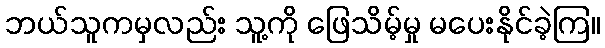
ဘယ်သူကမှလည်း သူ့ကို ဖြေသိမ့်မှု မပေးနိုင်ခဲ့ကြ။